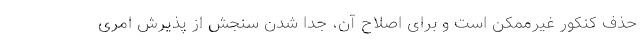
حذف کنکور غیرممکن است و برای اصلاح آن، جدا شدن سنجش از پذیرش امری